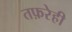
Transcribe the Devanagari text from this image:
तफ़रेही